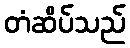
တံဆိပ်သည်